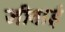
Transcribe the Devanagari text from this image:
जीवाई